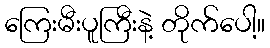
ကြေးမီးပူကြီးနဲ့ တိုက်ပေါ့။